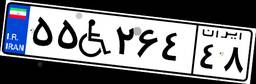
۵۵W۲۶۴۴۸